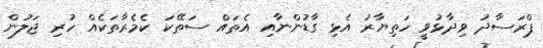
ޕްރަސާދު ވިދާޅުވީ ހަތިޔާރު އެޅި ގާޑުންނާއި އެތައް ސަތޭކަ ކެމެރާތަކެއް ހުރި ޖަލުން